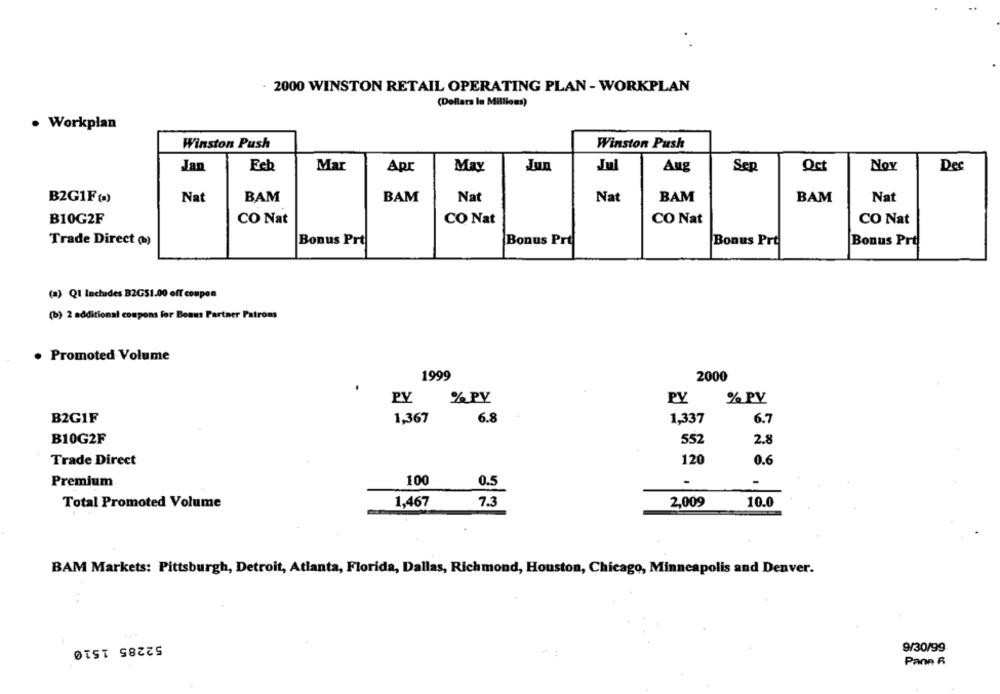
2000 WINSTON RETAIL OPERATING PLAN - WORKPLAN
(Dollars In Millions)
. Workplan
Winston Push
Winston Push
Feb
Mar
Apr
Oct
Nov
Dec
Jan
May
Jun
Jul
Aug
Sep
B2G1F(=)
Nat
BAM
BAM
Nat
Nat
BAM
BAM
Nat
B10G2F
CO Nat
CO Nat
CO Nat
CO Nat
Trade Direct ()
Bonus Prt
Bonus Prt
Bonus Prt
Bonus Pro
(a) Q1 includes B2G$1.00 off coupon
(b) 2 additional coupons for Bonus Partner Patroms
· Promoted Volume
1999
2000
PY
% PV
PY
% PV
B2GIF
1,367
6.8
1,337
6.7
B10G2F
552
2.8
Trade Direct
120
0.6
Premium
100
0.5
-
Total Promoted Volume
1,467
7.
2,009
10.0
BAM Markets: Pittsburgh, Detroit, Atlanta, Florida, Dallas, Richmond, Houston, Chicago, Minneapolis and Denver.
52285 1510
9/30/99
Pann R